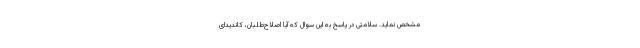
مشخص نمايد. سلامتی در پاسخ به این سوال که آیا اصلاح‌طلبان، کاندیدای